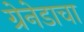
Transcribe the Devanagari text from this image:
ग्रेनेडाचा